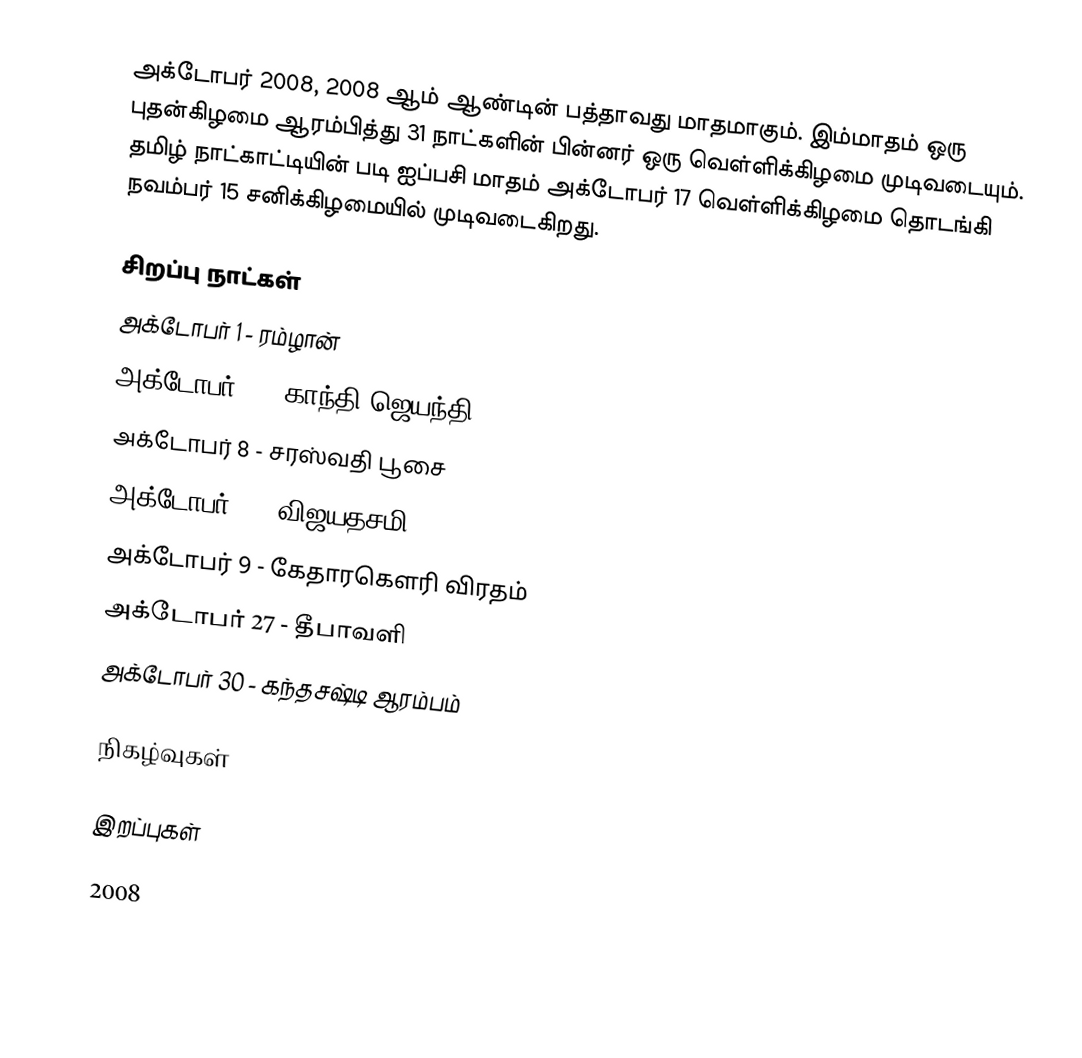
அக்டோபர் 2008, 2008 ஆம் ஆண்டின் பத்தாவது மாதமாகும். இம்மாதம் ஒரு புதன்கிழமை ஆரம்பித்து 31 நாட்களின் பின்னர் ஒரு வெள்ளிக்கிழமை முடிவடையும். தமிழ் நாட்காட்டியின் படி ஐப்பசி மாதம் அக்டோபர் 17 வெள்ளிக்கிழமை தொடங்கி நவம்பர் 15 சனிக்கிழமையில் முடிவடைகிறது.

சிறப்பு நாட்கள்
 அக்டோபர் 1 - ரம்ழான்
 அக்டோபர் 2 - காந்தி ஜெயந்தி
 அக்டோபர் 8 - சரஸ்வதி பூசை
 அக்டோபர் 9 - விஜயதசமி
 அக்டோபர் 9 - கேதாரகௌரி விரதம்
 அக்டோபர் 27 - தீபாவளி
 அக்டோபர் 30 - கந்தசஷ்டி ஆரம்பம்

நிகழ்வுகள்

இறப்புகள்

2008